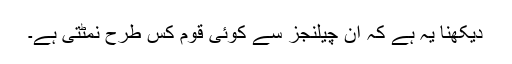
دیکھنا یہ ہے کہ ان چیلنجز سے کوئی قوم کس طرح نمٹتی ہے۔